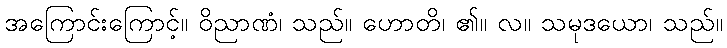
အကြောင်းကြောင့်။ ဝိညာဏံ၊ သည်။ ဟောတိ၊ ၏။ လ။ သမုဒယော၊ သည်။